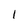
Character: 1